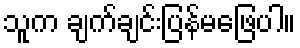
သူက ချက်ချင်းပြန်မဖြေပါ။